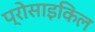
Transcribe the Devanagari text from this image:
प्रोसाइकिल